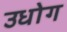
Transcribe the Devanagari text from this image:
उधाेग